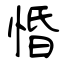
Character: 惛